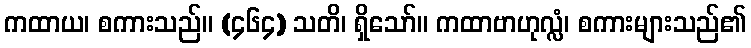
ကထာယ၊ စကားသည်။ (၄၆၄) သတိ၊ ရှိသော်။ ကထာဗာဟုလ္လံ၊ စကားများသည်၏